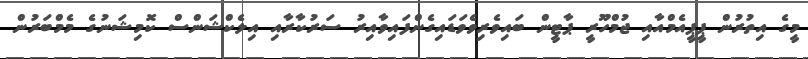
މީގެ އިތުރުން ޕީޕީއެމްއާއި ޖުމްހޫރީ ޕާޓީން ބައިވެރިވެވަޑައިގެންފައިވާއިރު ސަރުކާރާއި އިލެކްޝަންސް ކޮމިޝަނުގެ މެމްބަރުން